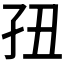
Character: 𰌢